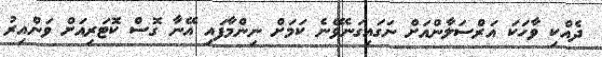
ދެއްކި ވާހަކަ އަރްސަލާންއަށް ނަގައިގަނެވޭނެ ކަމަށް ނިންމާފައި އޭނާ ގޮސް ކޮޓަރިއަށް ވަންއިރު